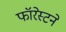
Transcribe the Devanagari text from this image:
फॉरेस्टने